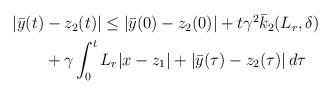
\begin{align*}\begin{aligned}|\bar{y}(t)&-z_2(t)| \le | \bar{y}(0)-z_2(0)| + t\gamma^2 \bar{k}_2(L_r,\delta)\\& + \gamma \int_0^t L_r|x-z_1| + |\bar{y}(\tau)-z_2(\tau)|\,d\tau \end{aligned}\end{align*}